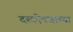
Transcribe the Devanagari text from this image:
दस्तऐवजाच्या